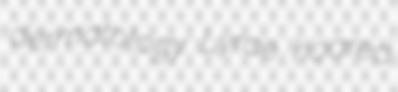
dermatology Lyrae hoared